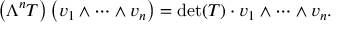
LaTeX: \left( \Lambda ^ { n } T \right) \left( v _ { 1 } \wedge \dots \wedge v _ { n } \right) = \operatorname* { d e t } ( T ) \cdot v _ { 1 } \wedge \dots \wedge v _ { n } .